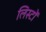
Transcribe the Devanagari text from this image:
लिस्टों